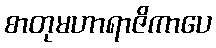
စာတုမဟာရာဇိကာပေ